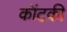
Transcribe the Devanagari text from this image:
कॉटकी